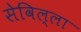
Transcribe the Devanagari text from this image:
सेविल्ला